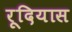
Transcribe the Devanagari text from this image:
रूदियास